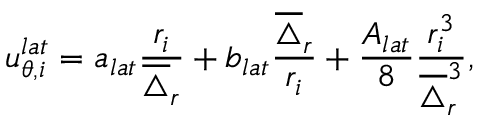
u _ { \theta , i } ^ { l a t } = a _ { l a t } \frac { r _ { i } } { \overline { { \triangle } } _ { r } } + b _ { l a t } \frac { \overline { { \triangle } } _ { r } } { r _ { i } } + \frac { A _ { l a t } } { 8 } \frac { r _ { i } ^ { 3 } } { \overline { { \triangle } } _ { r } ^ { 3 } } ,